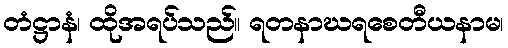
တံဋ္ဌာနံ၊ ထိုအရပ်သည်။ ရတနာဃရစေတီယနာမ၊